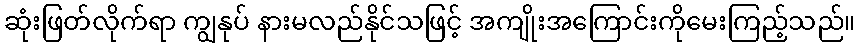
ဆုံးဖြတ်လိုက်ရာ ကျွနုပ် နားမလည်နိုင်သဖြင့် အကျိုးအကြောင်းကိုမေးကြည့်သည်။